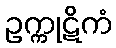
ဥက္ကုဋိကံ